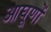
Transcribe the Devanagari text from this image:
आघूणों